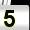
Digit: 5